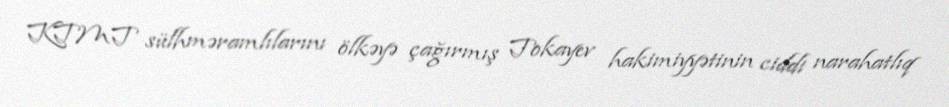
KTMT sülhməramlılarını ölkəyə çağırmış Tokayev hakimiyyətinin ciddi narahatlıq